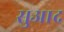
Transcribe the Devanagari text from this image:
सुआद